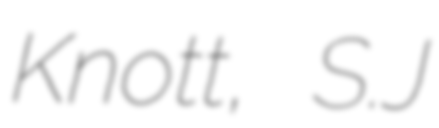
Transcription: Knott, S.J